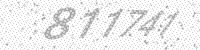
Solution: 811741